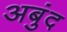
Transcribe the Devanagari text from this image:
अबुंद